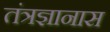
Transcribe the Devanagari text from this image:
तंत्रज्ञानास